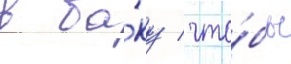
в ба́ку / что́бы